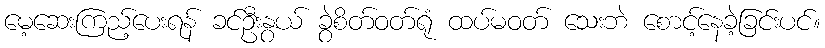
မေ့ဆေးကြည့်ပေးရန် ခင်ဦးနွယ် ခွဲစိတ်ဝတ်ရုံ ထပ်မဝတ် သေးဘဲ စောင့်နေခဲ့ခြင်းပင်။